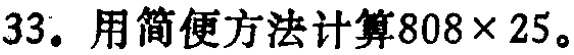
33. 用简便方法计算\(808\times25\)。